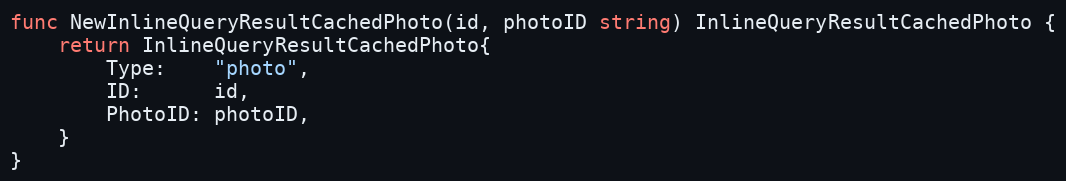
Language: Go
func NewInlineQueryResultCachedPhoto(id, photoID string) InlineQueryResultCachedPhoto {
	return InlineQueryResultCachedPhoto{
		Type:    "photo",
		ID:      id,
		PhotoID: photoID,
	}
}